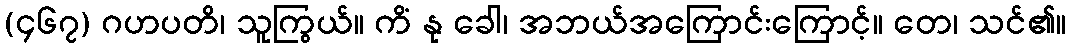
(၄၆၇) ဂဟပတိ၊ သူကြွယ်။ ကိံ နု ခေါ၊ အဘယ်အကြောင်းကြောင့်။ တေ၊ သင်၏။